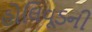
હોલિવૂડની